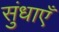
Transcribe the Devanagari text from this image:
सुंधाएँ